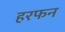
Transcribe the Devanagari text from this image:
हरफन